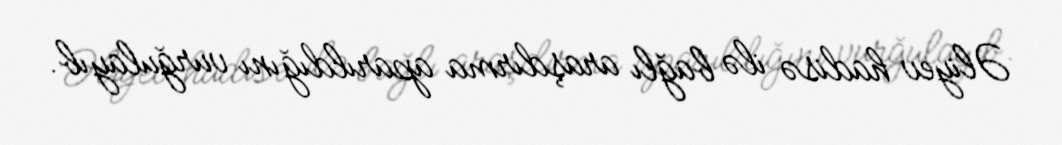
Əliyev hadisə ilə bağlı araşdırma aparıldığını vurğulayıb.